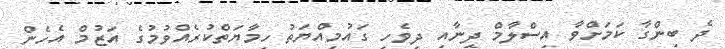
ދެ ބިންގާ ކަމަށްވާ އިސްލާމް ދީނާއި ދިވެހި ގައުމިއްޔަތު ހިމާޔަތްކުރެއްވުމުގެ އަޒުމް އެހެން